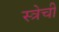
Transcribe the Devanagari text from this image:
स्त्रेची